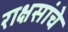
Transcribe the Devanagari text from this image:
राक्षसांचे